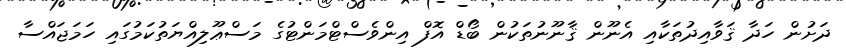
ދަށުން ހަދާ ޤަވާއިދުތަކާއި އެނޫން ޤާނޫނުތަކުން ބޯޑް އޮފް އިންވެސްޓްމަންޓުގެ މަސްޢޫލިއްޔަތުކަމުގައި ހަމަޖައްސާ